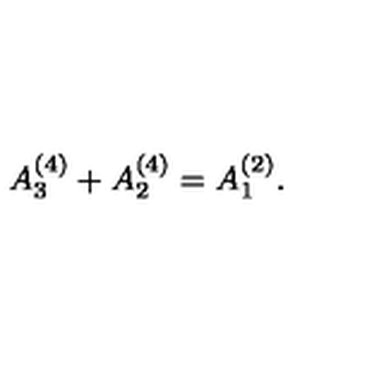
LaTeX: A _ { 3 } ^ { ( 4 ) } + A _ { 2 } ^ { ( 4 ) } = A _ { 1 } ^ { ( 2 ) } .